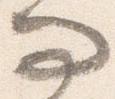
問